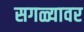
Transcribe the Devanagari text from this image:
सगळ्यावर